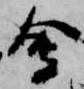
会